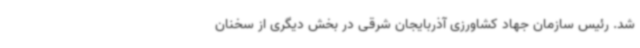
شد. رئیس سازمان جهاد کشاورزی آذربایجان شرقی در بخش دیگری از سخنان